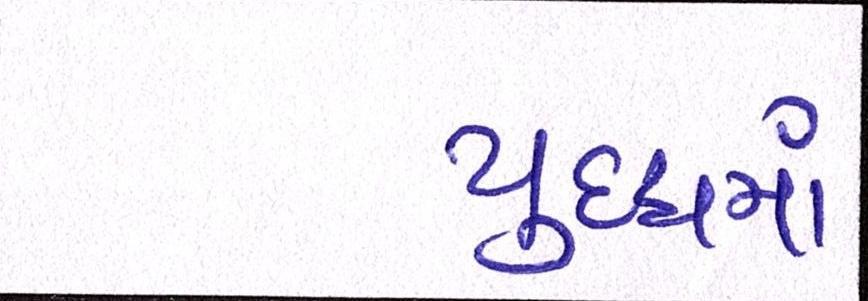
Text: યુદ્ધમાં